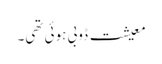
معیشت ڈوبی ہوئی تھی۔